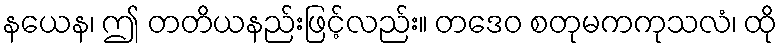
နယေန၊ ဤ တတိယနည်းဖြင့်လည်း။ တဒေဝ စတုမကကုသလံ၊ ထို